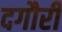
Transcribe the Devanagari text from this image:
दगौरी